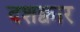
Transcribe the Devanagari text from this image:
दशक्वार